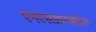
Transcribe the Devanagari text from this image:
एनएसआरसीईएल